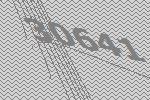
30641